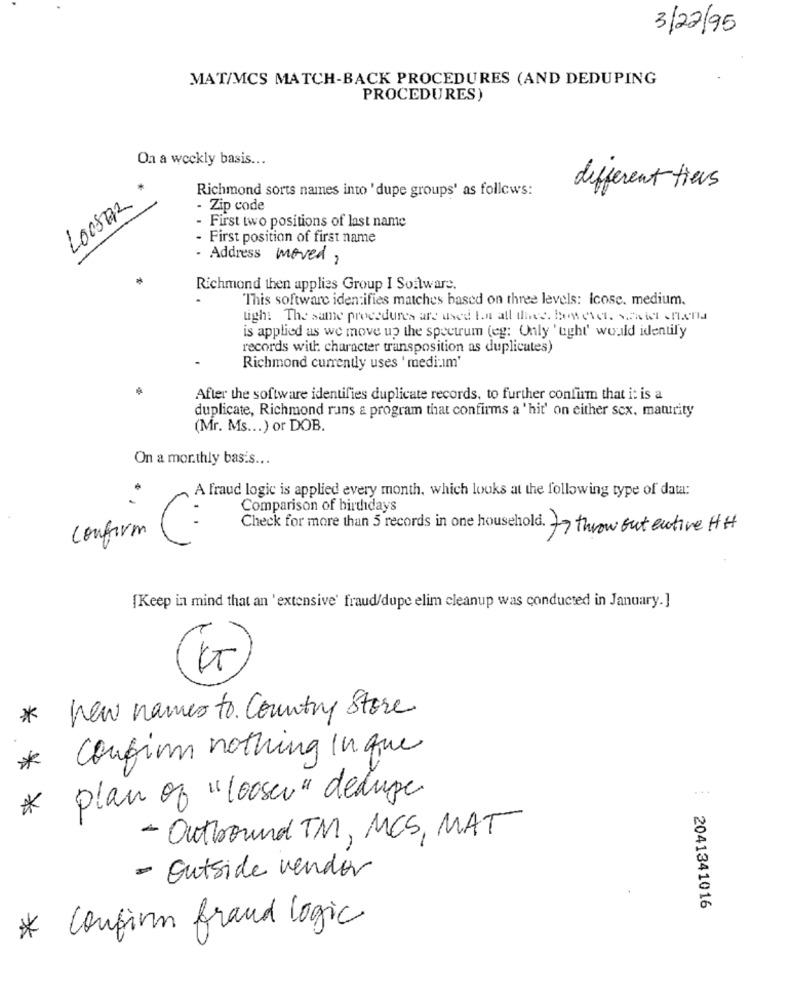
3/22/95
MAT/MCS MATCH-BACK PROCEDURES (AND DEDUPING
PROCEDURES)
On a weekly basis ...
LOOSER
Richmond sorts names into 'dupe groups' as follows:
different tiers
Zip code
First two positions of last name
- First position of first name
- Address moved?
Richmond then applies Group I Software.
This software identifies matches based on three levels: Icose. medium.
high: The same procedures are used to all thee. Bet eiet. Sahil flera
is applied as we move up the spectrum (eg: Only ' ught' would identify
records with character transposition as duplicates)
Richmond currently uses ' medi:ım'
After the software identifies duplicate records, to further confirm that i: is a
duplicate, Richmond rains a program that confirms a ' hit' on either scx. maturity
(Mr. Ms ... ) or DOB
On a monthly basis ...
A fraud logic is applied every month, which looks at the following type of data:
Comparison of birthdays
..
Check for more than 5 records in one household. To throw out ective Hit
confirm
[Keep in mind that an 'extensive' fraud/dupe elim cleanup was conducted in January.]
* New name to Country Store
confirm nothing In que
*
...
plan of "looser" deluge
*
- Outbound TM, MCS, MAT
- Outside vender
2041341016
* Confirm fraud logic